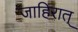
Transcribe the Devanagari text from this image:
जाहिरात्